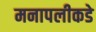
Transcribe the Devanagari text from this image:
मनापलीकडे